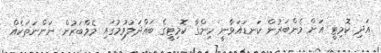
އަދި ކޮމިޓީ އަށް މެންބަރުން ކަނޑައަޅާނީ ހިންގާ ކޮމިޓީގެ ބައްދަލުވުމުގައި މެމްބަރުން ނަންނަތަކެއް